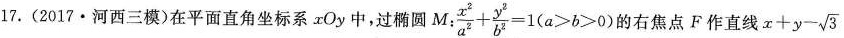
17. (2017·河西三模)在平面直角坐标系xOy中，过椭圆$$M:\frac{x^{2}}{a^{2}}+\frac{y^{2}}{b^{2}}=1(a>6>0)$$的右焦点 F作直线$$x+y-\sqrt{3}$$